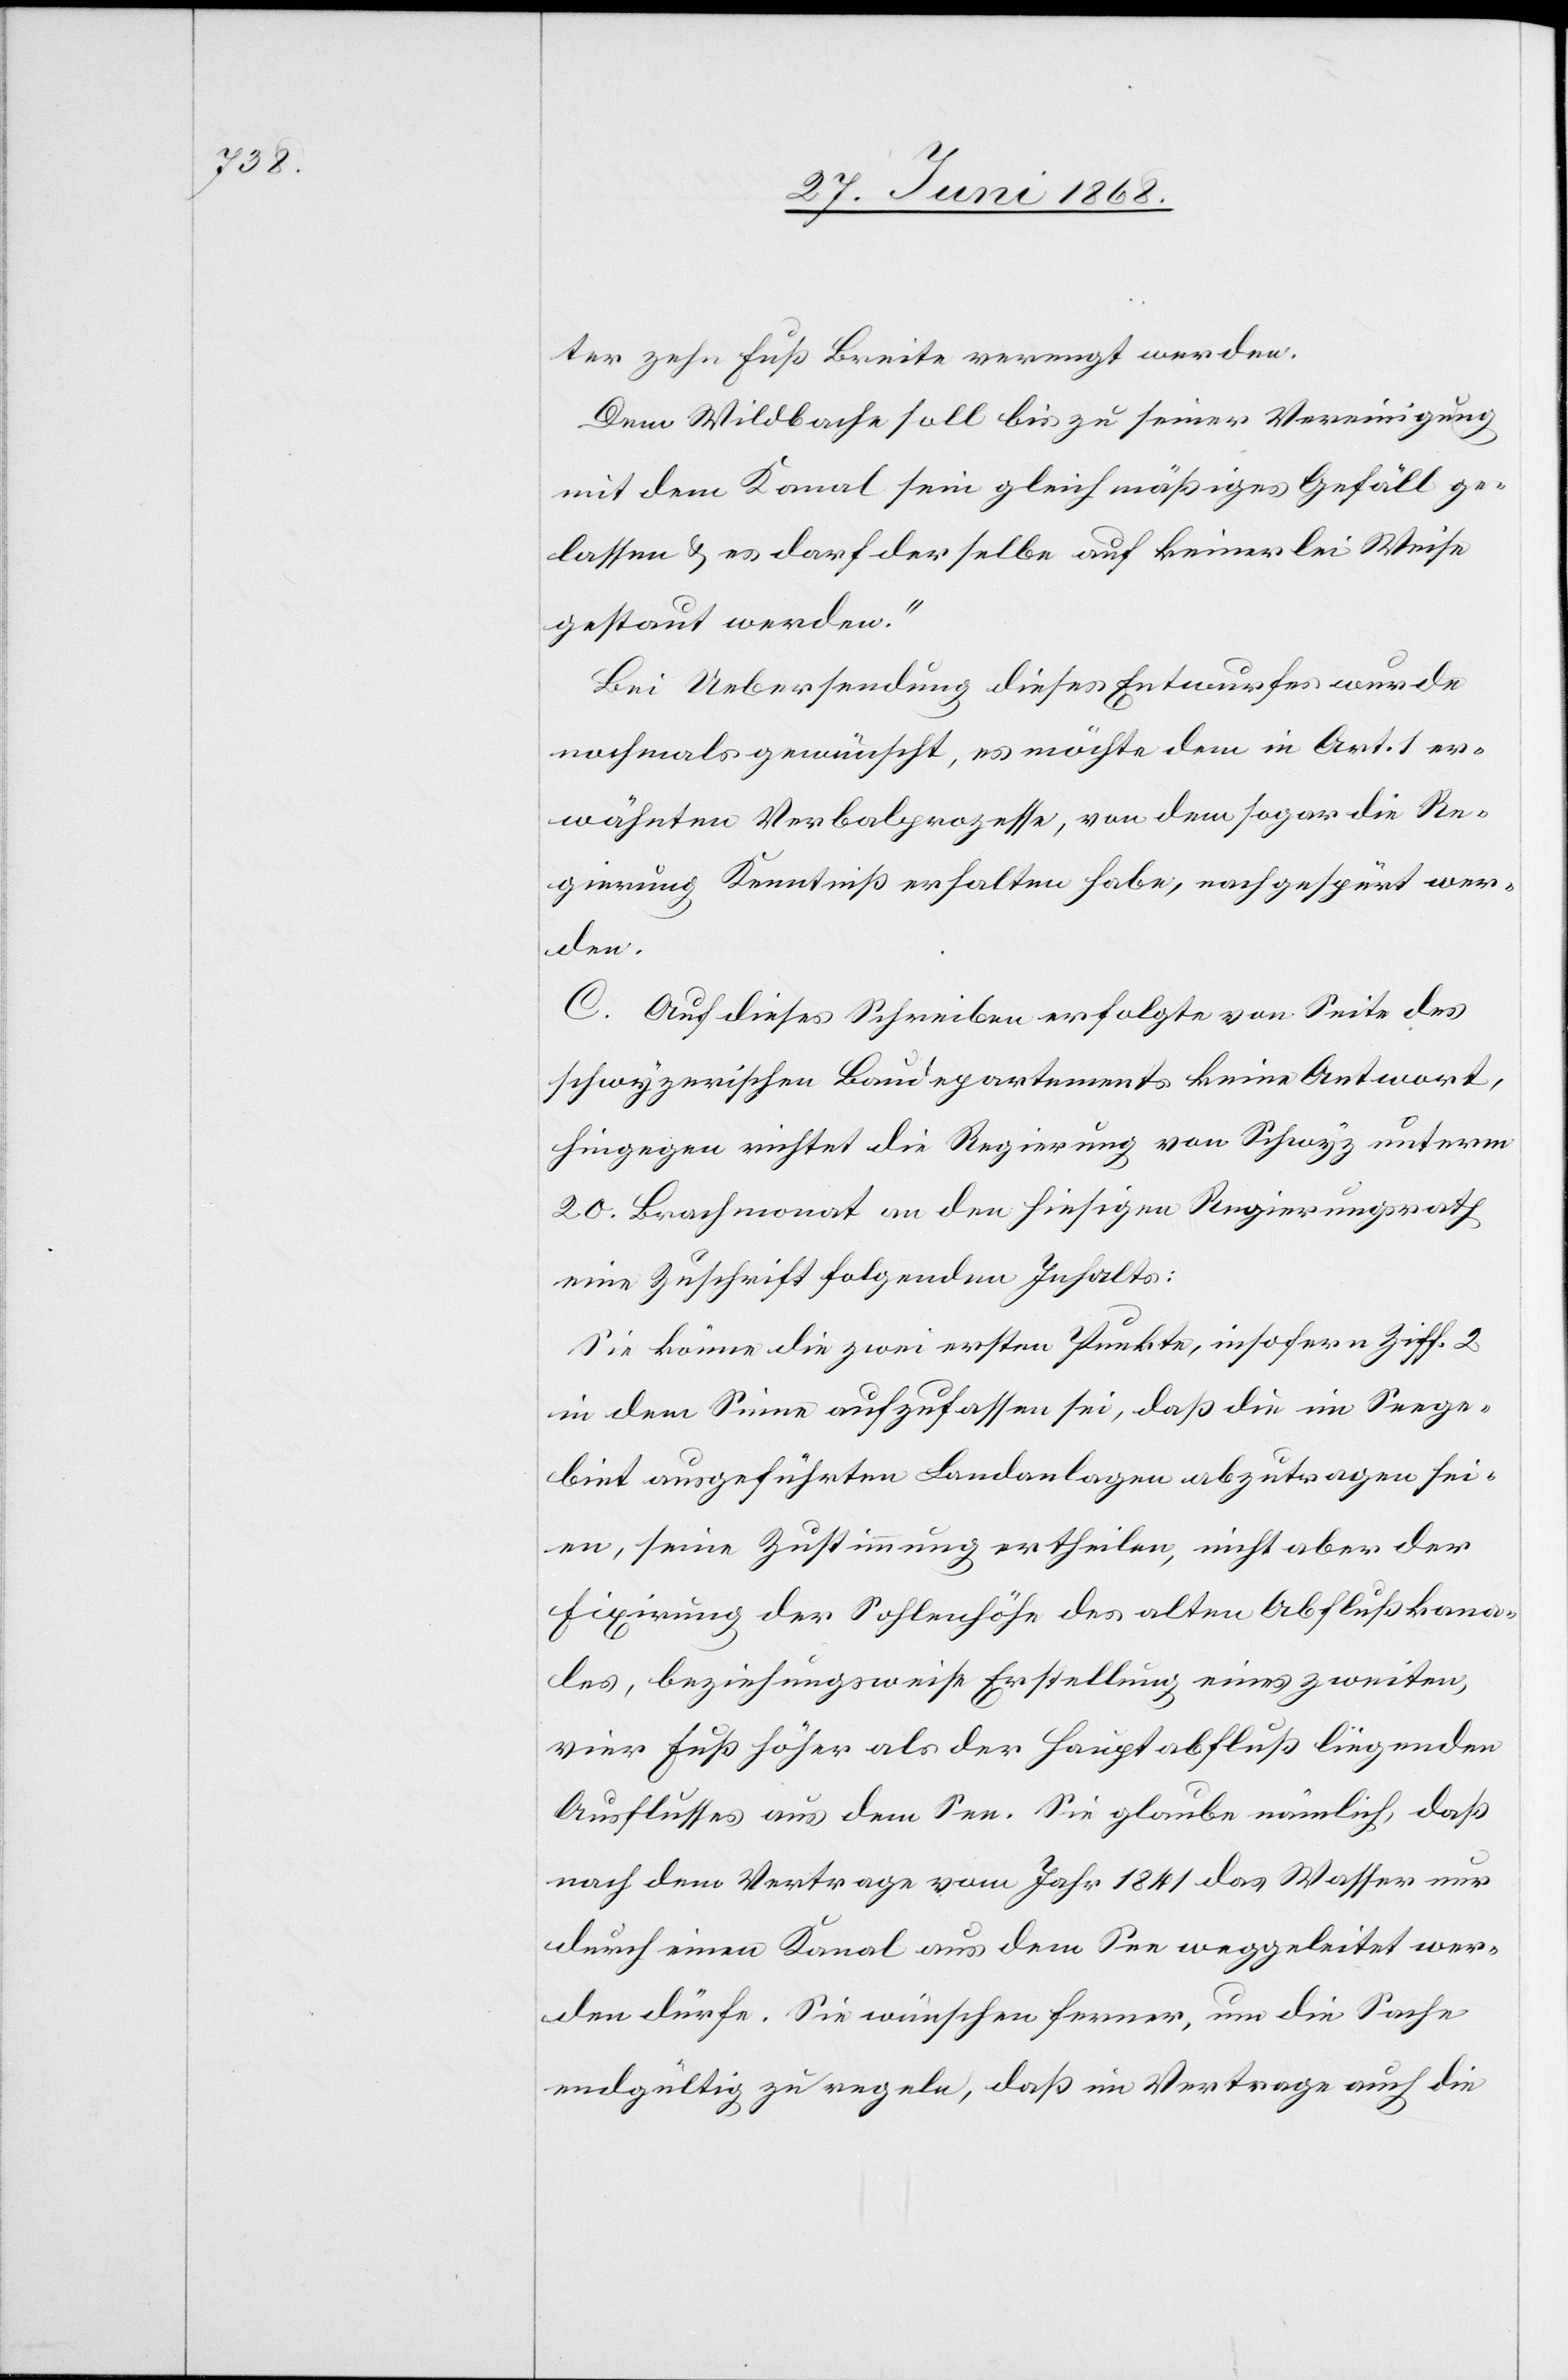
ter zehn Fuß Breite verengt werden.
Dem Wildbache soll bis zu seiner Vereinigung
mit dem Kanal sein gleichmäßiges Gefäll ge¬
lassen & es darf derselbe auf keinerlei Weise
gestaut werden.“
Bei Uebersendung dieses Entwurfes wurde
nochmals gewünscht, es möchte dem in Art. 1 er¬
wähnten Verbalprozesse, von dem sogar die Re¬
gierung Kenntniß erhalten habe, nachgespürt wer¬
der
C. Auf dieses Schreiben erfolgte von Seite des
schwyzerischen Baudepartementes keine Antwort,
hingegen richtet die Regierung von Schwyz unterm
20. Brachmonat an den hiesigen Regierungsrath
eine Zuschrift folgenden Inhalts:
Sie könne die zwei ersten Punkte, insofern Ziff. 2
in dem Sinne aufzufassen sei, daß die im Seege¬
biet ausgeführten Landanlagen abzutragen sei¬
Fixirung der Sohlenhöhe des alten Abflußkana¬
les, beziehungsweise Erstellung eines zweiten,
vier Fuß höher als der Hauptabfluß liegenden
Ausflusses aus dem See. Sie glaube nämlich, daß
nach dem Vertrage vom Jahr 1841 das Wasser nur
durch einen Kanal aus dem See weggeleitet wer¬
den dürfe. Sie wünschen [sic!] ferner, um die Sache
endgültig zu regeln, daß im Vertrage auch die